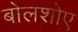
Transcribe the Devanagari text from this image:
बोलशोए